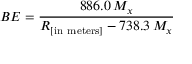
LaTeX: B E = { \frac { 8 8 6 . 0 \, M _ { x } } { R _ { \left[ { \mathrm { i n ~ m e t e r s } } \right] } - 7 3 8 . 3 \, M _ { x } } }